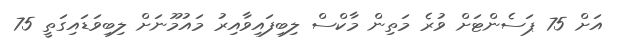
އަށް 75 ޕަސެންޓަށް ވުރެ މަތިން މާކްސް ލިބިފައިވާއިރު މައުމޫނަށް ލިބިވަޑައިގަތީ 75